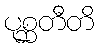
ပုစ္ဆတီတိ